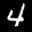
Label: 4